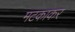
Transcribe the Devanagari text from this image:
मटकाकर